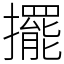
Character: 擺